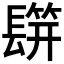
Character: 𨲡